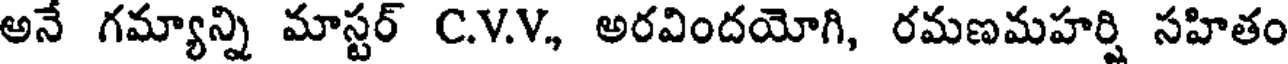
అనే గమ్యాన్ని మాస్టర్ C.V.V, అరవిందయోగి, రమణమహర్షి సహితం